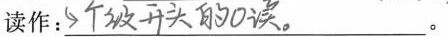
读作：\underline{##个级开头的0读。##}。